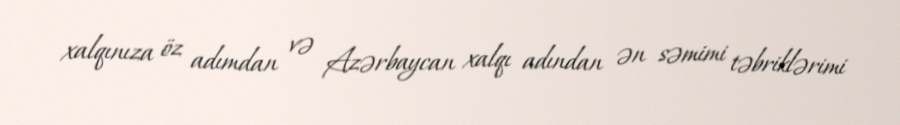
xalqınıza öz adımdan və Azərbaycan xalqı adından ən səmimi təbriklərimi